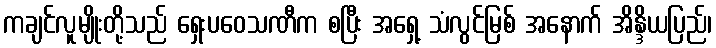
ကချင်လူမျိုးတို့သည် ရှေးပဝေသဏီက စပြီး အရှေ့ သံလွင်မြစ် အနောက် အိန္ဒိယပြည်၊